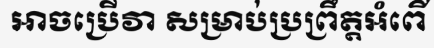
អាចប្រើវា សម្រាប់ប្រព្រឹត្តអំពើ